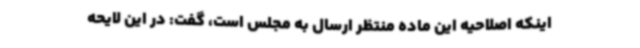
اینکه اصلاحیه این ماده منتظر ارسال به مجلس است، گفت: در این لایحه